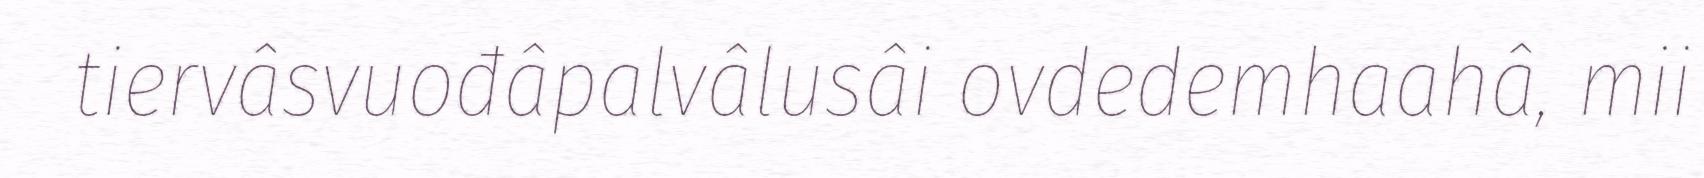
tiervâsvuođâpalvâlusâi ovdedemhaahâ, mii